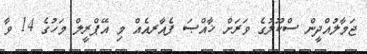
ޖަމާލުއްދީން ސްކޫލުގެ ވަރަށް ޚާއްޞަ ފެއާރއެއް މި އޭޕްރީލް މަހުގެ 14 ވާ